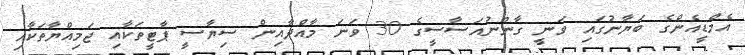
އެމްޑީއެންގެ ބަޔާނުގައި ވަނީ ގާނޫނުއަސާސީގެ 30 ވަނަ މާއްދާއިން ސިޔާސީ ޕާޓީތަކާއި ޖަމިއްޔާތަކާއި